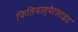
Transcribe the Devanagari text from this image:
फिलियास्पैरोसाइड